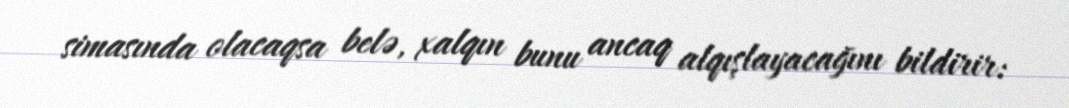
simasında olacaqsa belə, xalqın bunu ancaq alqışlayacağını bildirir: